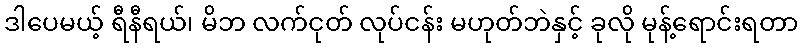
ဒါပေမယ့် ရီနီရယ်၊ မိဘ လက်ငုတ် လုပ်ငန်း မဟုတ်ဘဲနှင့် ခုလို မုန့်ရောင်းရတာ